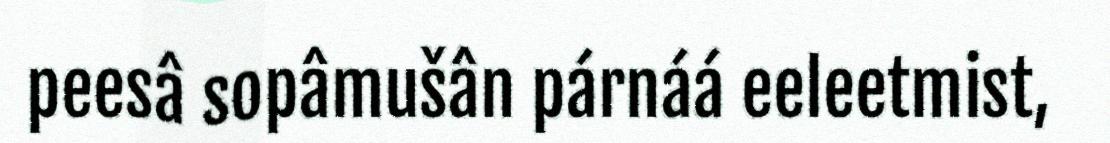
peesâ sopâmušân párnáá eeleetmist,